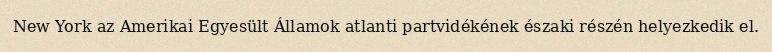
New York az Amerikai Egyesült Államok atlanti partvidékének északi részén helyezkedik el.